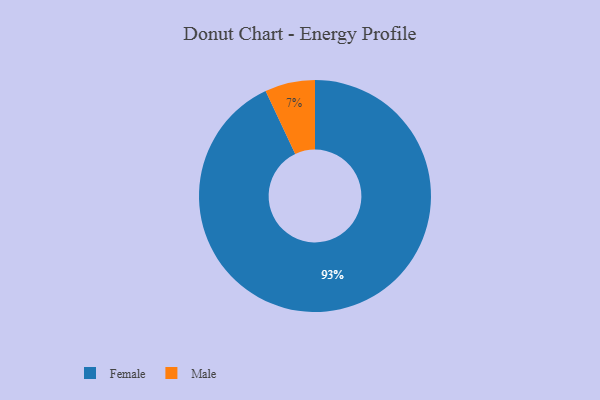
{"axis": {"x": "Category", "y": "Percentage"}, "legend": ["Female", "Male"], "data": [{"x": "Female", "y": 93, "type": "Female"}, {"x": "Male", "y": 7, "type": "Male"}]}